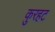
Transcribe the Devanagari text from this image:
कुरहट